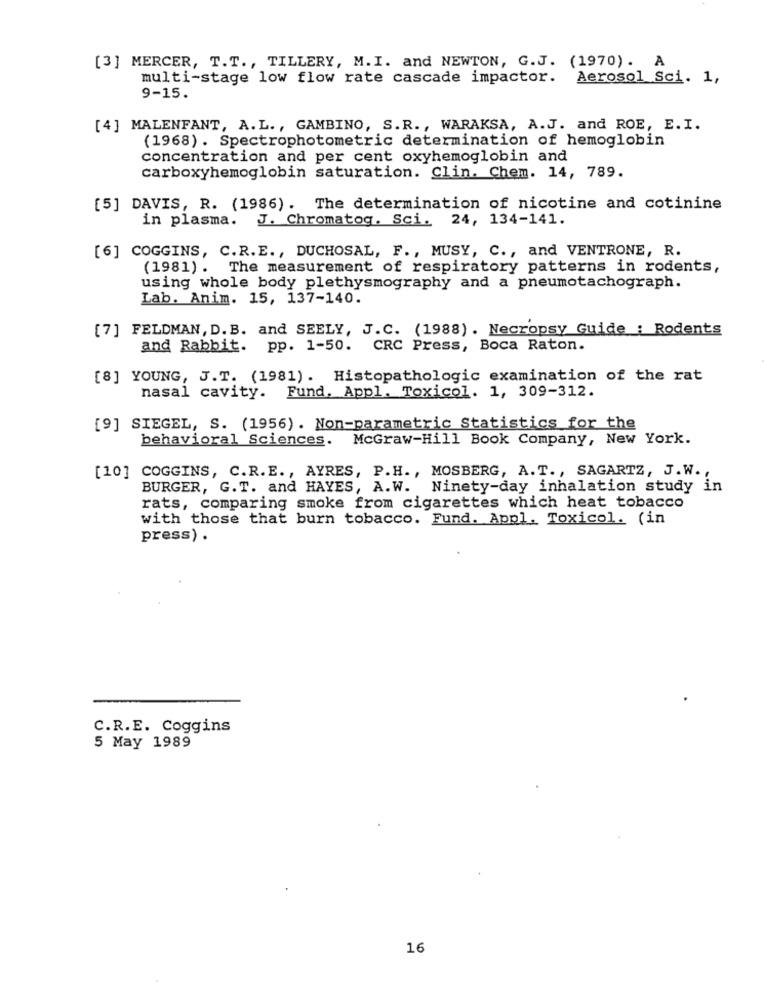
[3] MERCER, T.T ., TILLERY, M. I. and NEWTON, G.J. (1970). A
multi-stage low flow rate cascade impactor. Aerosol Sci. 1,
9-15.
[4] MALENFANT, A. L ., GAMBINO, S.R ., WARAKSA, A.J. and ROE, E. I.
(1968). Spectrophotometric determination of hemoglobin
concentration and per cent oxyhemoglobin and
carboxyhemoglobin saturation. Clin. Chem. 14, 789.
[5] DAVIS, R. (1986). The determination of nicotine and cotinine
in plasma. J. Chromatog. Sci. 24, 134-141.
[6] COGGINS, C.R. E ., DUCHOSAL, F ., MUSY, C ., and VENTRONE, R.
(1981). The measurement of respiratory patterns in rodents,
using whole body plethysmography and a pneumotachograph.
Lab. Anim. 15, 137-140.
[7] FELDMAN, D. B. and SEELY, J.C. (1988). Necropsy Guide : Rodents
and Rabbit. pp. 1-50. CRC Press, Boca Raton.
[8] YOUNG, J.T. (1981). Histopathologic examination of the rat
nasal cavity. Fund. Appl. Toxicol. 1, 309-312.
[9] SIEGEL, S. (1956) . Non-parametric Statistics for the
behavioral Sciences. McGraw-Hill Book Company, New York.
[10] COGGINS, C.R.E ., AYRES, P.H. , MOSBERG, A. T. , SAGARTZ, J.W .,
BURGER, G.T. and HAYES, A.W. Ninety-day inhalation study in
rats, comparing smoke from cigarettes which heat tobacco
with those that burn tobacco. Fund. Appl. Toxicol. (in
press) .
C.R.E. Coggins
5 May 1989
16